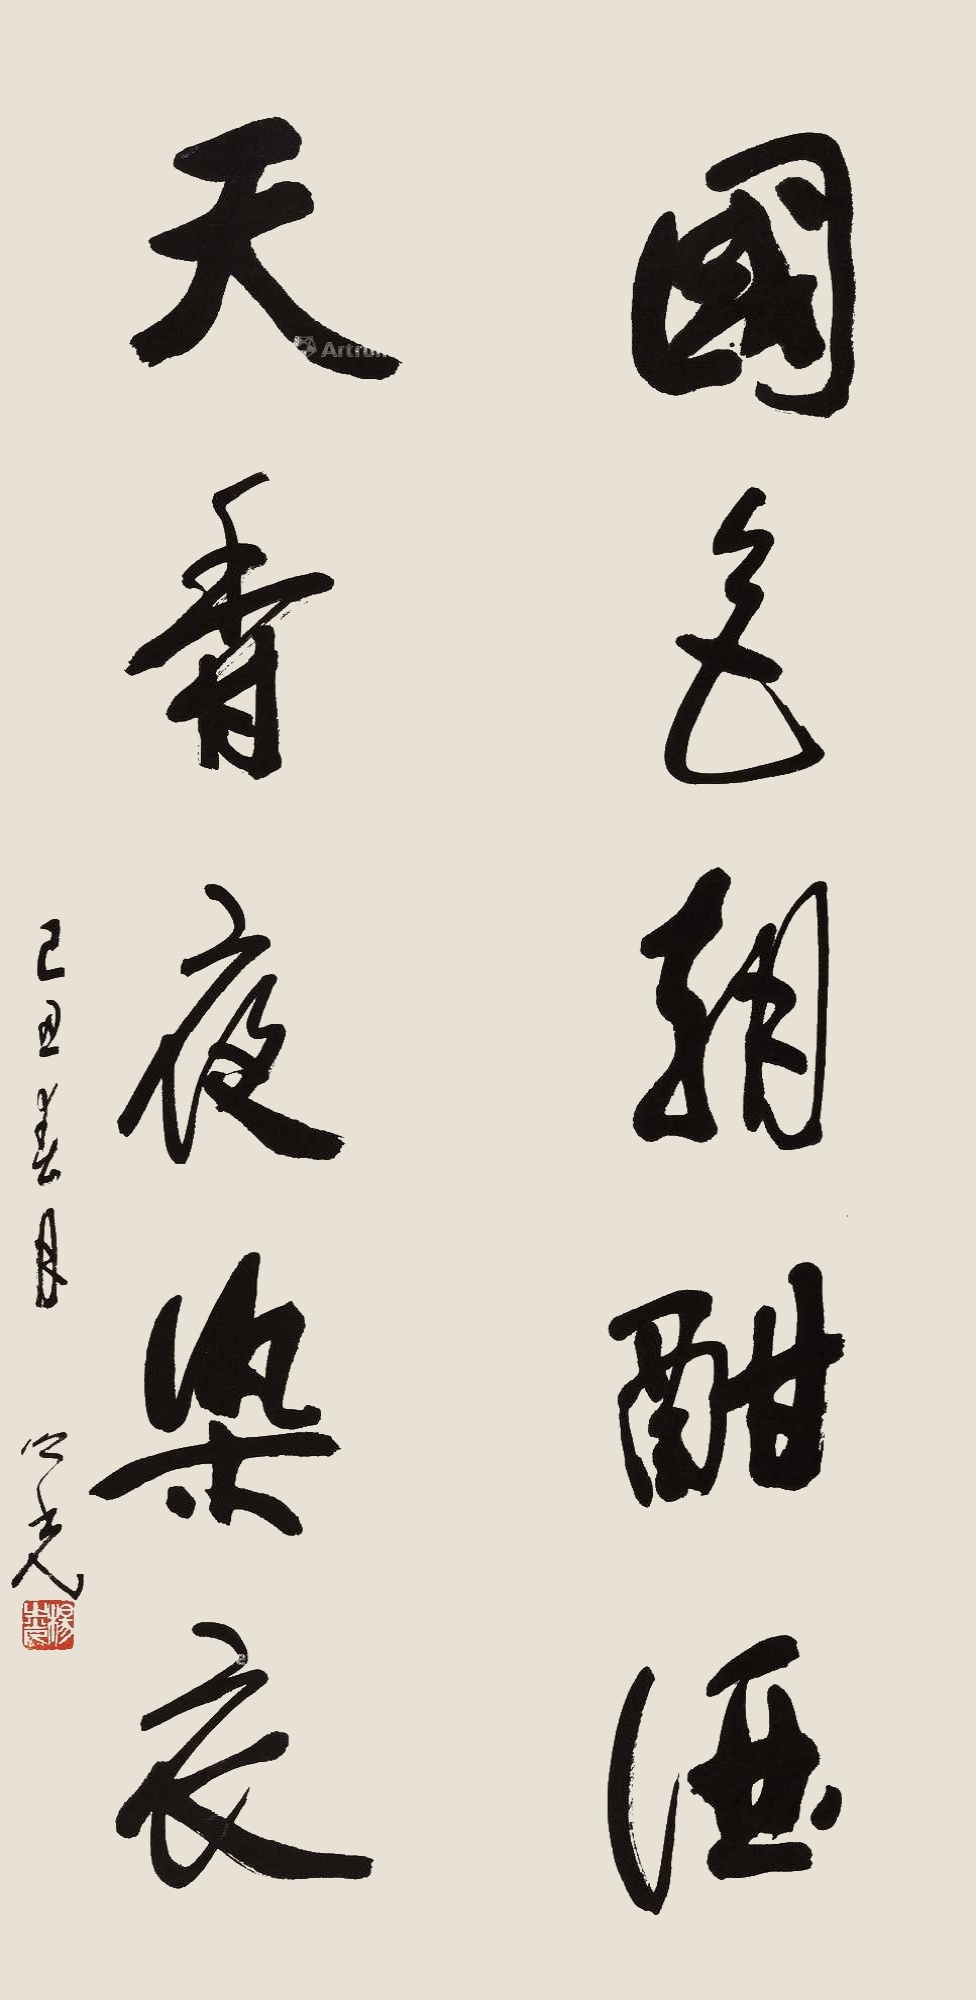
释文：国色朝酣酒，天香夜染衣。己丑春月，之光。